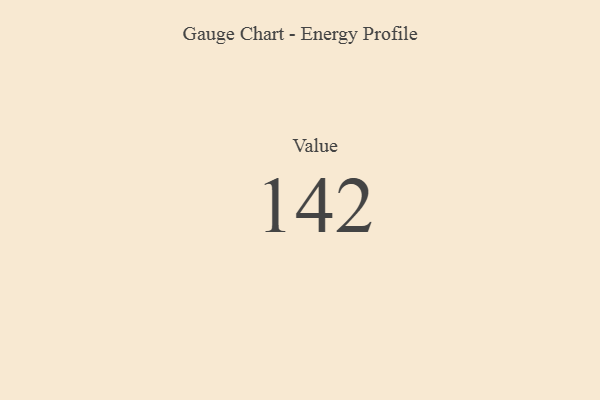
{"axis": {"x": "Metric", "y": "Value"}, "legend": [""], "data": [{"x": "Value", "y": 142, "type": ""}]}